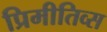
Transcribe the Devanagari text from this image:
प्रिमीतिव्स